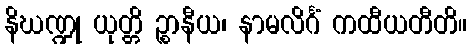
နိဃဏ္ဍု ယုတ္တိ ဉ္စာနီယ၊ နာမလိင်္ဂံ ကထီယတီတိ။